Indian journal of veterinary science and animal husbandry - Volume 1,
Year: 1931
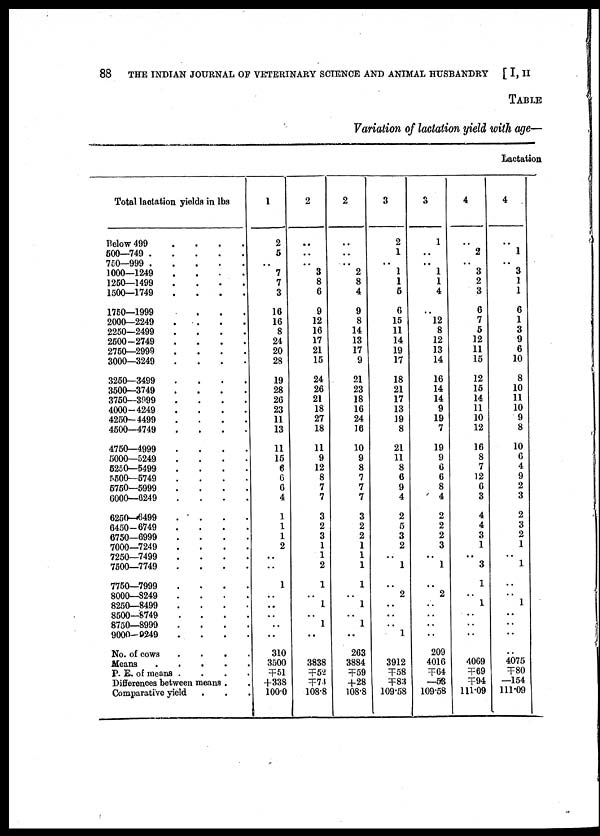
88
THE INDIAN JOURNAL OF VETERINARY SCIENCE AND ANIMAL HUSBANDRY
[ I, II
TABLE
Variation of lactation yield with age—
Lactation
Total lactation yields in lbs
Below 499
....
500—749
750—999
1000—1249
....
1250—1499
....
1500—1749
....
1750—1999
2000—2249
....
2250—2499
....
2500—2749
....
2750—2999
....
3000—3249
....
3250—3499
....
3500—3749
....
3750—3999
....
4000—4249
....
4250—4499
.
4500—4749
....
4750—4999
....
5000—5249
....
6250—5499
.
5500—5749
....
5750—5999
....
6000—6249
.
6250—6499
.
6450—6749
.
6750—6999
.
7000—7249
.
7250—7499
.
7500—7749
.
7750—7999
.
8000—8249
.
8250—8499
....
8500—8749
.
8750—8999
.
9000—9249
.
No. of cows
.
Means
.
P. E. of means .
Differences between means
Comparative yield
1
2
5
..
7
7
3
16
16
8
24
20
28
19
28
26
23
11
13
11
15
6
6
6
4
1
1
1
2
..
..
1
..
..
..
..
..
310
3500
╤51
+338
100.0
2
..
..
..
3
8
6
9
12
16
17
21
15
24
26
21
18
27
18
11
9
12
8
7
7
3
2
3
1
1
2
1
..
1
..
1
..
..
3838
╤52
╤73
108.8
2
..
..
..
2
8
4
9
8
14
13
17
9
21
23
18
16
24
16
10
9
8
7
7
7
3
2
2
1
1
1
1
..
1
..
1
..
263
3884
╤59
+28
108.8
3
2
1
..
1
1
5
6
15
11
14
19
17
18
21
17
13
19
8
21
11
8
6
9
4
2
5
3
2
..
1
..
2
..
..
..
1
..
3912
╤58
╤83
109.58
3
1
..
..
1
1
4
..
12
8
12
13
14
16
14
14
9
19
7
19
9
6
6
8
4
2
2
2
3
..
1
..
2
..
..
..
..
209
4016
╤64
—53
109.58
4
..
2
..
3
2
3
6
7
5
12
11
15
12
15
14
11
10
12
16
8
7
12
6
3
4
4
3
1
..
3
1
..
1
..
..
..
..
4069
╤69
╤94
111.09
4
..
. 1
..
3
1
1
6
1
3
9
6
10
8
10
11
10
9
8
10
6
4
9
2
3
2
3
2
1
..
1
..
1
..
..
..
..
4075
╤80
—154
111.09